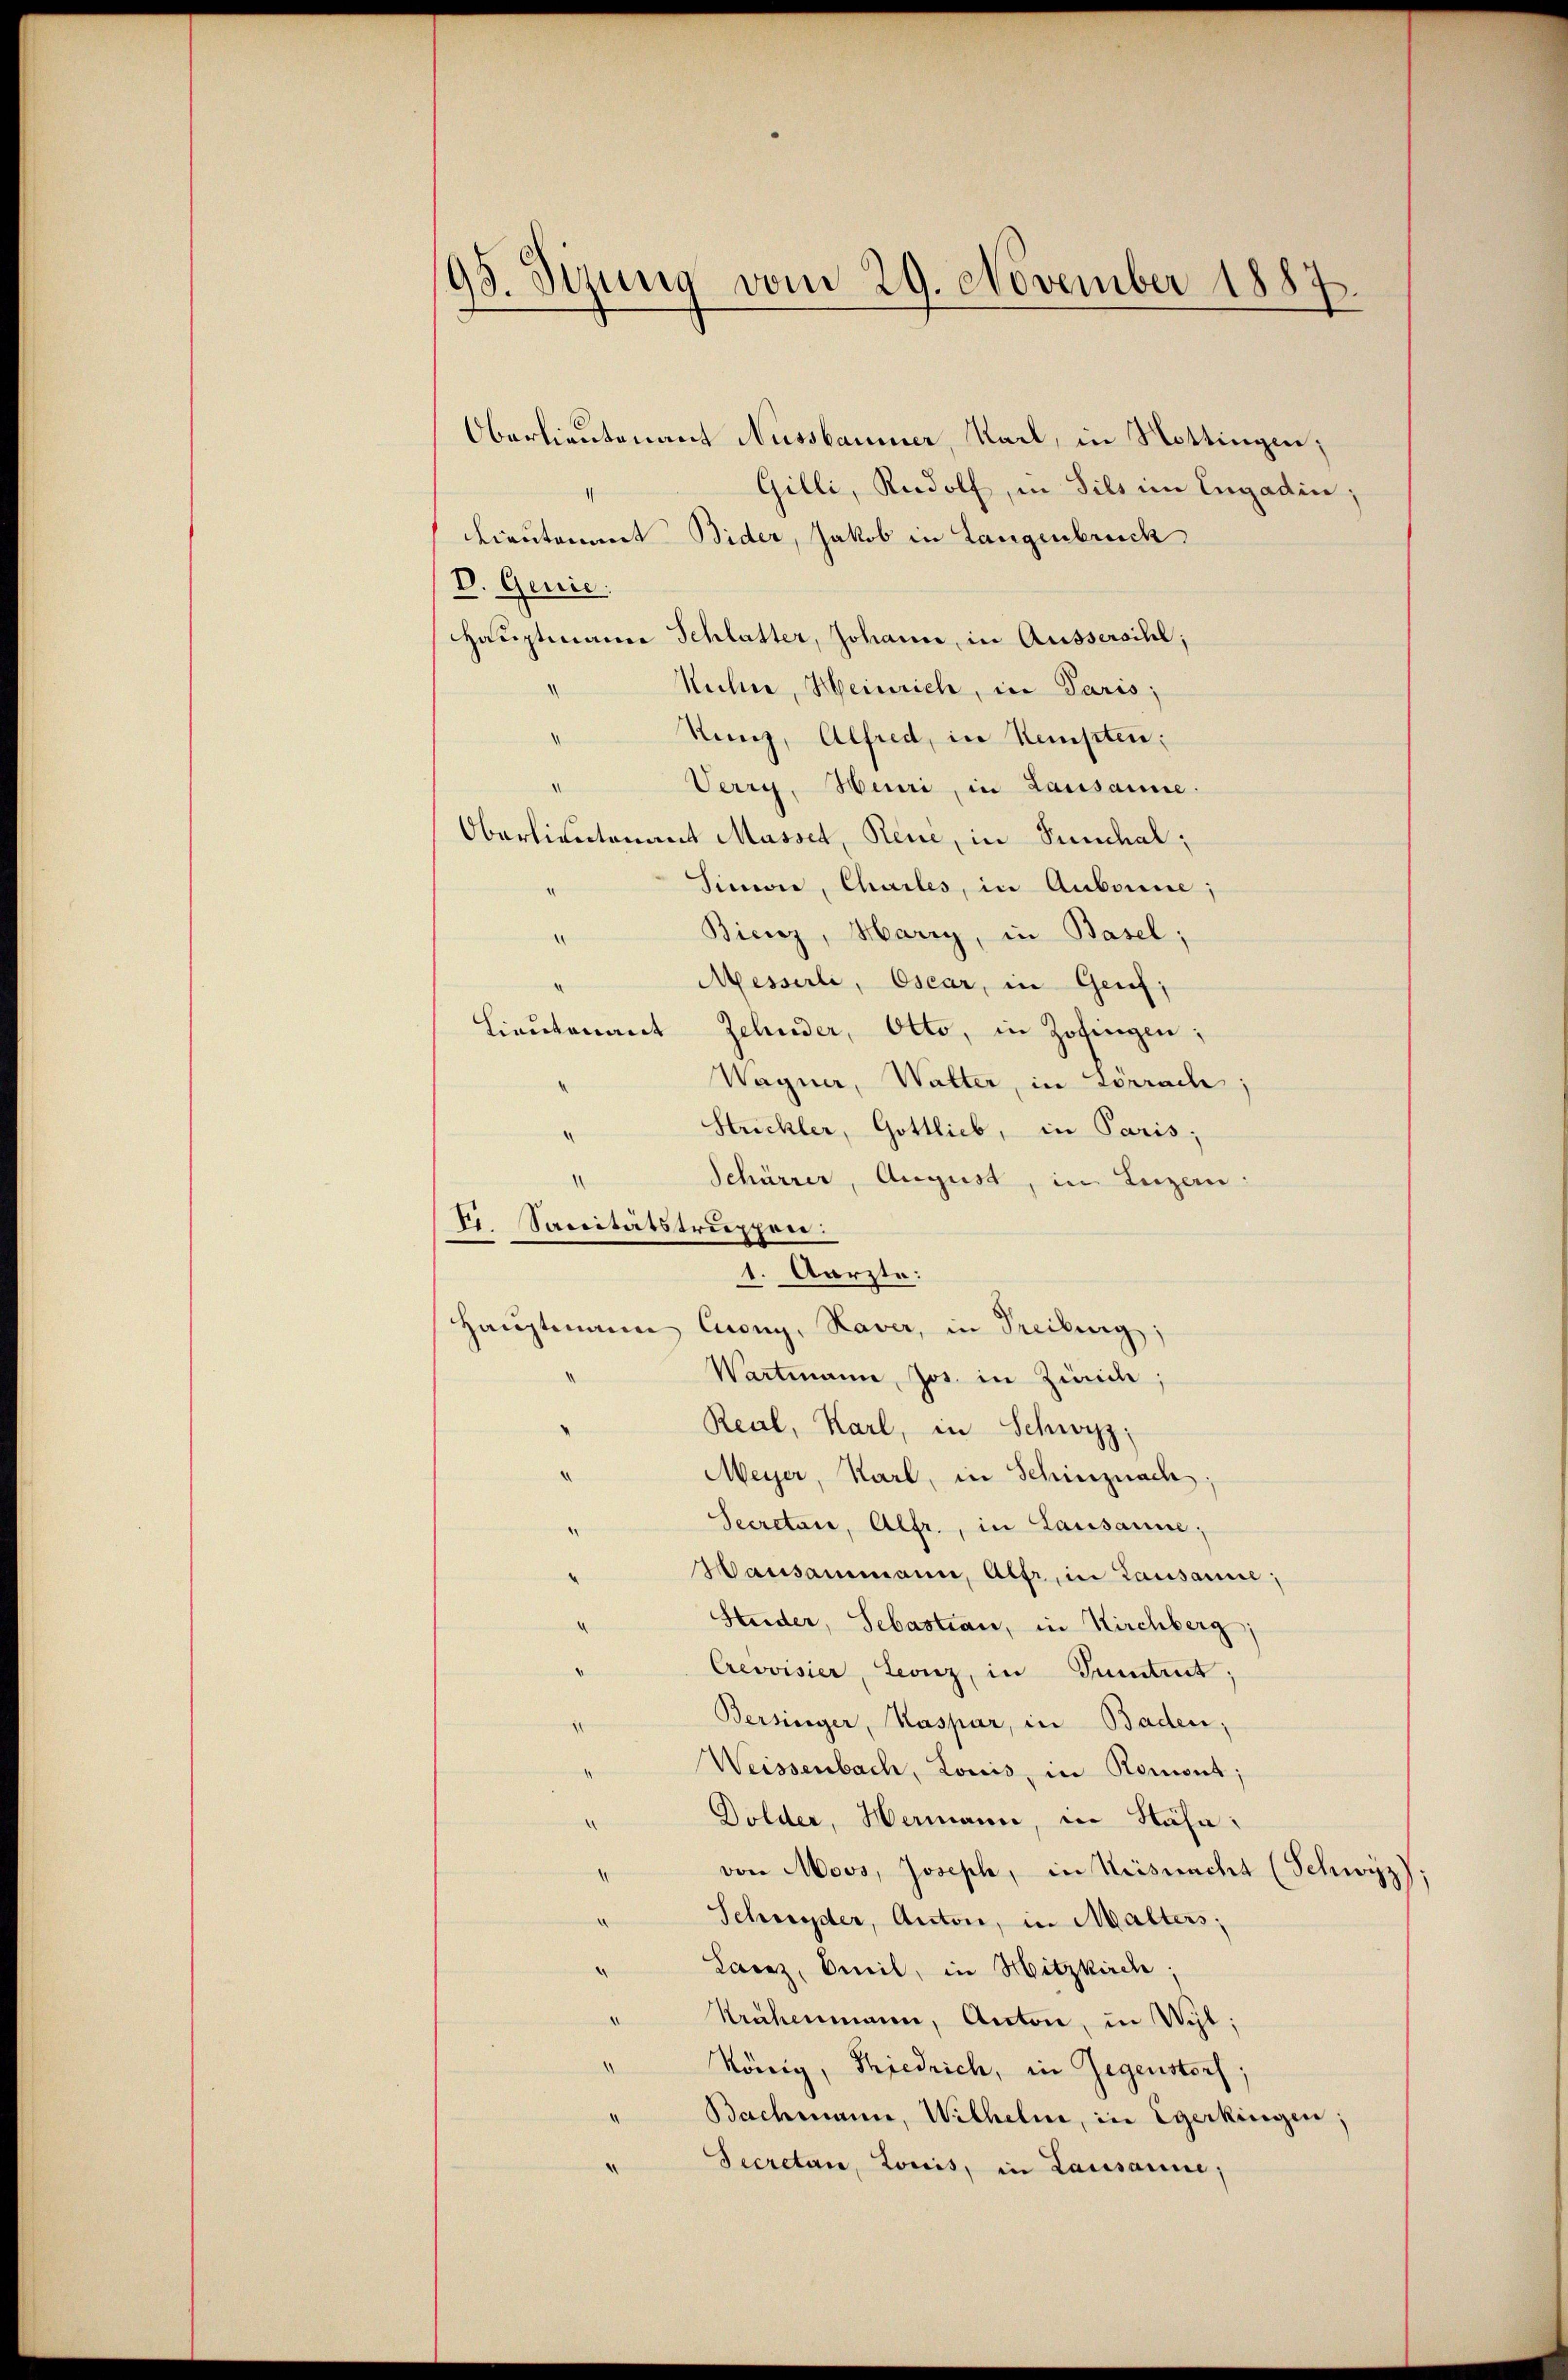
93. Sizung vom 29. November 1887.

Oberlieutenant Nussbaumer, Sail, in Nottingen;
Gilli, Rudolf, in Sils im Engadin;
Lieutomit Bider, Jakob in Langenbruck
V. Genie.
Hauptmann Schlatter, Johann, in Aussersihl,
d
Suche, Heinrich, in Paris;
Nunz, Alfred, in Kempten;
¬
Verry, Heuri, in Lausanne.
Oberlieutenant Masset, Reue, in Punchal;
Sinner, Chailes, in Aubonne;
Bienz, Harry, in Basel;
.
Messerli, Oscar, in Genf;
Lieutenant Zehnder, Otto, in Zofingen;
Wagner, Walter, in Lörrach;
Strickler, Gottlieb, in Paris;
Schärrer, August, in Luzern:
1
Vr. Saccitätstruppen:
1. Aarzte:
Hauptmann Cuony, Haver, in Treibung;
Wartmann, Jos. in Zürich;
Real, Karl, in Schwyz;
Meyer, Karl, in Schinznach:
Secretan, Alfr., in Lausanne;
Hausammann, Alfr, in Lausanne;
Studer, Sebastian, in Kirchberg;
Crevisier, Leonz, in Guntrut,
Bersinger, Kaspar, in Baden;
Weissenbach, Louis, in Romont;
Dolder, Hermann, in Hähn:
von Moos, Joseph, in Küsnacht (Schwyz);
Schnyder, Anton, in Malters;
Lanz, Omil, in Hitzkirch.
Krähenmann, Anton, in Wyl,
König, Thiedrich, in Gegenstorf:
Bachmann, Wilhelm, in Egerkingen;
Secretari, Lowis, in Lausanne,